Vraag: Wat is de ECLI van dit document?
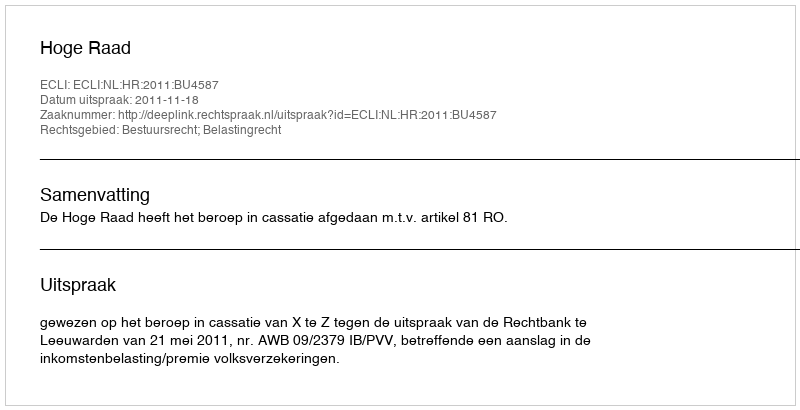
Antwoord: ECLI:NL:HR:2011:BU4587